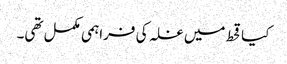
کیاقحط میں غلہ کی فراہمی مکمل تھی۔